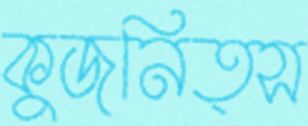
কুজনিত্স